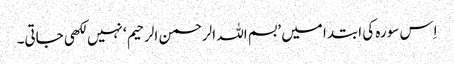
اِس سورہ کی ابتدا میں ’بسم اللہ الرحمن الرحیم‘ نہیں لکھی جاتی۔